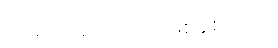
အဆိပ်အတောက်ဖြစ်စေသော